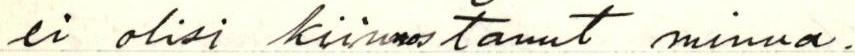
ei olisi kiinnostanut minua.